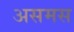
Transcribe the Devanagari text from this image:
असमस